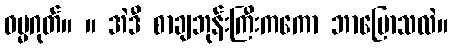
ဓမ္မဂုတ်။ ။ အဲဒီ စာချဘုန်းကြီးကကော ဘာပြောသလဲ။